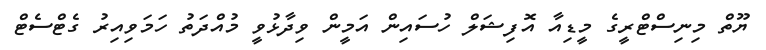
ޔޫތް މިނިސްޓްރީގެ މީޑިއާ އޮފިޝަލް ހުސައިން އަމީން ވިދާޅުވީ މުއްދަތު ހަމަވިއިރު ގެޓްސެޓް